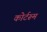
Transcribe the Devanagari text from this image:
कोर्टरूम